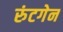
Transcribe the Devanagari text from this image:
रुंटगेन